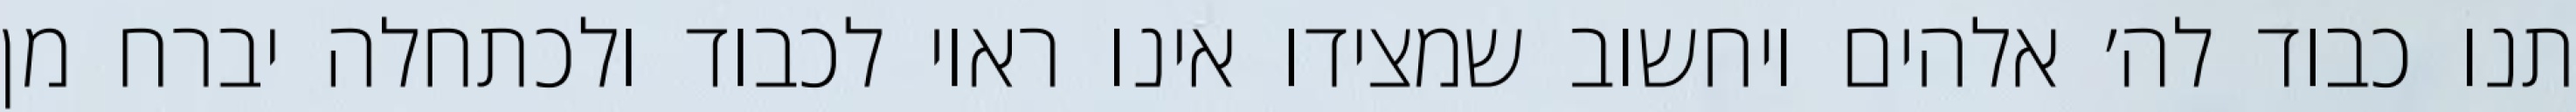
תנו כבוד לה׳ אלהים ויחשוב שמצידו אינו ראוי לכבוד ולכתחלה יברח מן